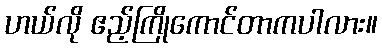
ဟယ်လို ဧည့်ကြိုကောင်တာကပါလား။